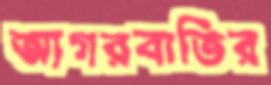
আগরবাতির